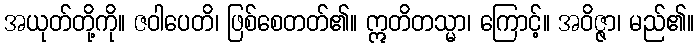
အယုတ်တို့ကို။ ဇဝါပေတိ၊ ဖြစ်စေတတ်၏။ ဣတိတသ္မာ၊ ကြောင့်။ အဝိဇ္ဇာ၊ မည်၏။